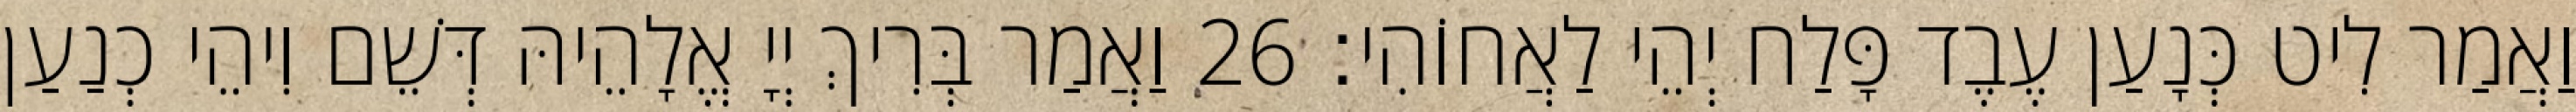
וַאֲמַר לִיט כְּנָעַן עֶבֶד פָּלַח יְהֵי לַאֲחוֹהִי׃ 26 וַאֲמַר בְּרִיךְ יְיָ אֱלָהֵיהּ דְּשֵׁם וִיהֵי כְנַעַן